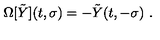
\Omega [ \tilde { Y } ] ( t , \sigma ) = - \tilde { Y } ( t , - \sigma ) \ .